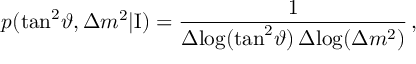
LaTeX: p ( \tan ^ { 2 } \! \vartheta , \Delta { m } ^ { 2 } | \mathrm { I } ) = \frac { 1 } { \Delta \! \log ( \tan ^ { 2 } \! \vartheta ) \, \Delta \! \log ( \Delta { m } ^ { 2 } ) } \, ,